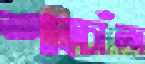
শাহচাঁন্দ